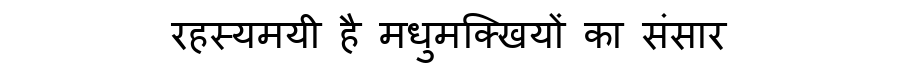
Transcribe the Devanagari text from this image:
रहस्यमयी है मधुमक्खियों का संसार